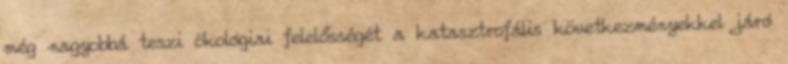
még nagyobbá teszi ökológiai felelősségét a katasztrofális következményekkel járó